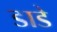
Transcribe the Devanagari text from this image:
डाडे